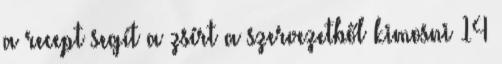
a recept segít a zsírt a szervezetből kimosni 14